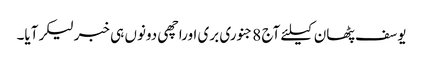
یوسف پٹھان کیلئے آج 8جنوری بری اوراچھی دونوں ہی خبرلیکرآیا۔